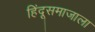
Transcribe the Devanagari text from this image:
हिंदूसमाजाला